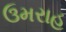
ઉમરાહ